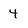
Character: 4